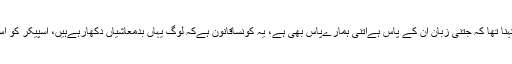
تفصیلات کے مطابق بلوچستان اسمبلی کے اجلاس میں عبدالقدوس بزنجو کا کہنا تھا کہ جتنی زبان ان کے پاس ہےاتنی ہمارےپاس بھی ہے، یہ کونساقانون ہےکہ لوگ یہاں بدمعاشیاں دکھارہےہیں، اسپیکر کو اس رویے پر سخت ایکشن لینا چاہیے کیونکہ ایوان کے تقدس کو پامال کیا گیا۔